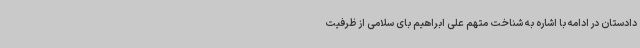
دادستان در ادامه با اشاره به شناخت متهم علی ابراهیم بای سلامی از ظرفیت